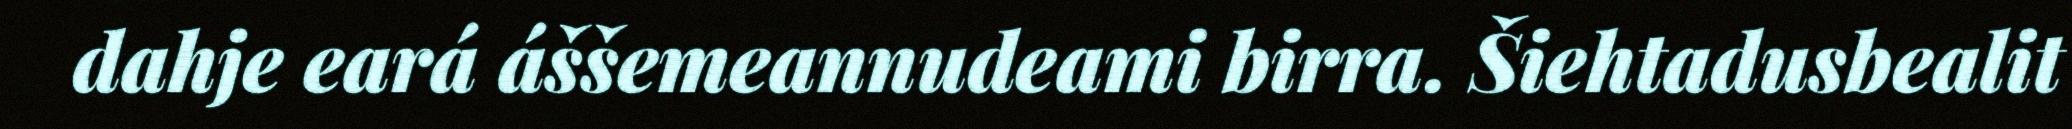
dahje eará áššemeannudeami birra. Šiehtadusbealit